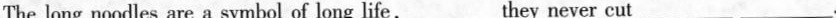
The long noodles are a symbol of long life,___ they never cut ___ ___ 。